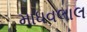
માધવલાલ